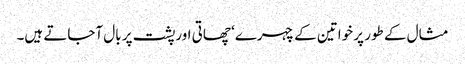
مثال کے طور پر خواتین کے چہرے‘ چھاتی اورپشت پر بال آجاتے ہیں۔